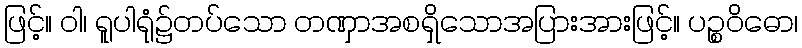
ဖြင့်။ ဝါ၊ ရူပါရုံ၌တပ်သော တဏှာအစရှိသောအပြားအားဖြင့်။ ပဉ္စဝိဓော၊